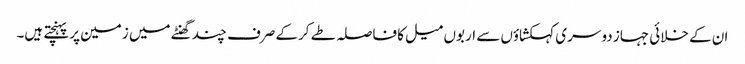
ان کے خلائی جہاز دوسری کہکشاؤں سے اربوں میل کا فاصلہ طے کرکے صرف چند گھنٹے میں زمین پر پہنچتے ہیں۔